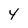
Character: Y